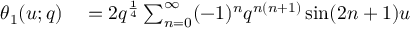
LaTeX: \begin{array} { r l } { \theta _ { 1 } ( u ; q ) } & { { } = 2 q ^ { \frac { 1 } { 4 } } \sum _ { n = 0 } ^ { \infty } ( - 1 ) ^ { n } q ^ { n ( n + 1 ) } \sin ( 2 n + 1 ) u } \end{array}